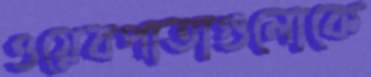
ওয়েবপাতাগুলোকে